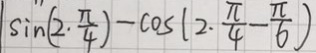
\sin ( 2 \cdot \frac { \pi } { 4 } ) - \cos ( 2 \cdot \frac { \pi } { 4 } - \frac { \pi } { 6 } )